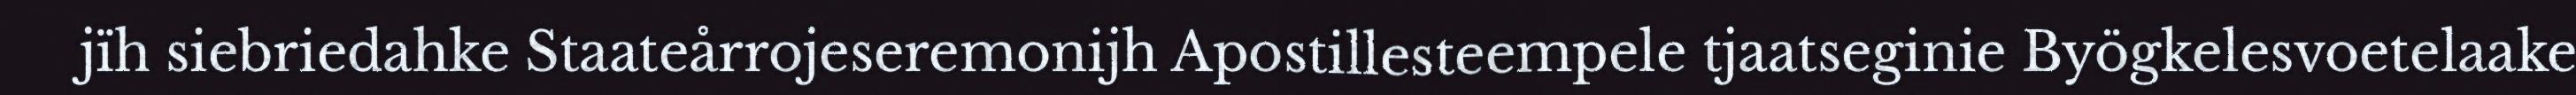
jïh siebriedahke Staateårrojeseremonijh Apostillesteempele tjaatseginie Byögkelesvoetelaake